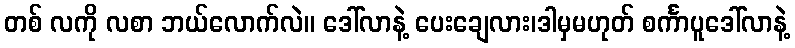
တစ် လကို လစာ ဘယ်လောက်လဲ။ ဒေါ်လာနဲ့ ပေးချေလား၊ဒါမှမဟုတ် စင်္ကာပူဒေါ်လာနဲ့